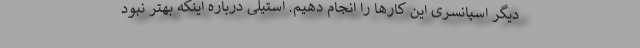
دیگر اسپانسری این کار‌ها را انجام دهیم. استیلی درباره اینکه بهتر نبود